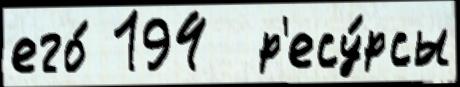
его́ 194  р'есу́рсы